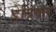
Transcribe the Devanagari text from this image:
डेवियल